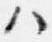
ハ